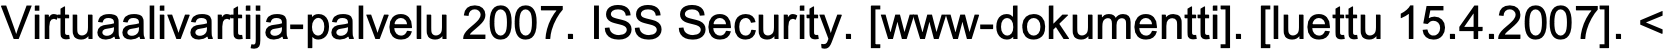
Virtuaalivartija-palvelu 2007. ISS Security. [www-dokumentti]. [luettu 15.4.2007]. <